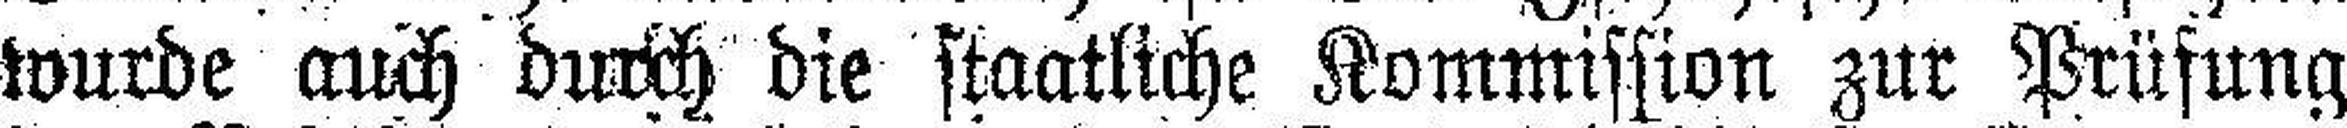
wurde auch durch die staatliche Kommission zur Prüfung